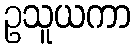
ဥသူယကာ